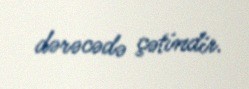
dərəcədə çətindir.